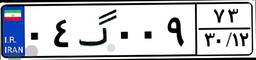
۷۹گ۴۳۷۲۷